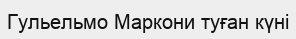
Гульельмо Маркони туған күні